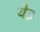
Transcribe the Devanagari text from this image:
ये३